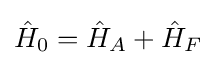
{\hat {H}}_{0}={\hat {H}}_{A}+{\hat {H}}_{F}